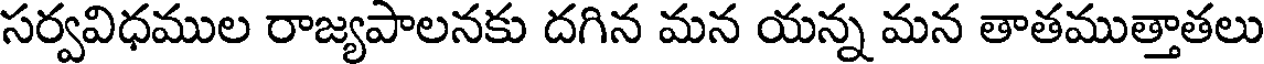
సర్వవిధముల రాజ్యపాలనకు దగిన మన యన్న మన తాతముత్తాతలు